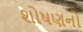
શોષણનો